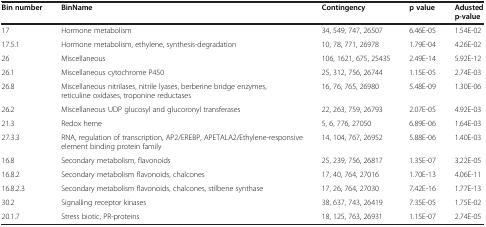
| Bin number | BinName | Contingency | p value | Adusted p-value |
 | --- | --- | --- | --- | --- |
 | 17 | Hormone metabolism | 34, 549, 747, 26507 | 6.46E-05 | 1.54E-02 |
 | 17.5.1 | Hormone metabolism, ethylene, synthesis-degradation | 10, 78, 771, 26978 | 1.79E-04 | 4.26E-02 |
 | 26 | Miscellaneous | 106, 1621, 675, 25435 | 2.49E-14 | 5.92E-12 |
 | 26.1 | Miscellaneous cytochrome P450 | 25, 312, 756, 26744 | 1.15E-05 | 2.74E-03 |
 | 26.8 | Miscellaneous nitrilases, nitrile lyases, berberine bridge enzymes, reticuline oxidases, troponine reductases | 16, 76, 765, 26980 | 5.48E-09 | 1.30E-06 |
 | 26.2 | Miscellaneous UDP glucosyl and glucoronyl transferases | 22, 263, 759, 26793 | 2.07E-05 | 4.92E-03 |
 | 21.3 | Redox heme | 5, 6, 776, 27050 | 6.89E-06 | 1.64E-03 |
 | 27.3.3 | RNA, regulation of transcription, AP2/EREBP, APETALA2/Ethylene-responsive element binding protein family | 14, 104, 767, 26952 | 5.88E-06 | 1.40E-03 |
 | 16.8 | Secondary metabolism, flavonoids | 25, 239, 756, 26817 | 1.35E-07 | 3.22E-05 |
 | 16.8.2 | Secondary metabolism flavonoids, chalcones | 17, 40, 764, 27016 | 1.70E-13 | 4.06E-11 |
 | 16.8.2.3 | Secondary metabolism flavonoids, chalcones, stilbene synthase | 17, 26, 764, 27030 | 7.42E-16 | 1.77E-13 |
 | 30.2 | Signalling receptor kinases | 38, 637, 743, 26419 | 7.35E-05 | 1.75E-02 |
 | 20.1.7 | Stress biotic, PR-proteins | 18, 125, 763, 26931 | 1.15E-07 | 2.74E-05 |